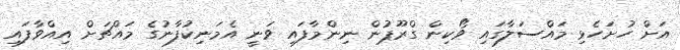
އަށް ހުށަހެޅި މައްސަލާގައި ވޯކިން ގްރޫޕުން ނިންމާފައި ވަނީ އެމަނިކުފާނުގެ މައްޗަށް އިއްވާފައި